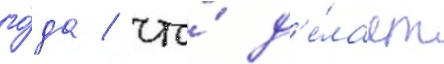
го́да / что́ д'е́лает